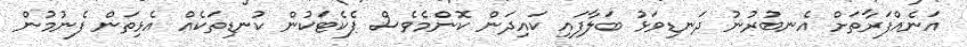
އަނެއްފަރާތަށް އެނބުރުނު ދަނޑިވަޅު ބަލާފައި ކައިދަން ކޮންމެވެސް ޕެކެޓަކުން ކުނޑިތަކެއް އެޅިތަން ފެނުމުން